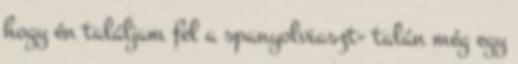
hogy én találjam fel a spanyolviaszt- talán még egy